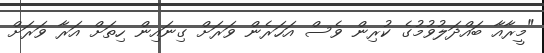
"މީރާއާ ބައްދަލުވުމުގެ ކުރިން ވެސް އަހަރެން ވަރަށް ގިނައިން ހިތަށް އަރާ ވަރަށް